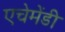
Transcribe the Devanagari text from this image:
एचेमेंडी